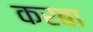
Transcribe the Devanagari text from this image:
करबा